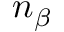
n _ { \beta }